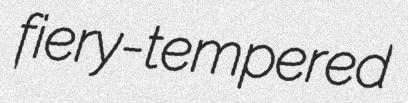
fiery-tempered